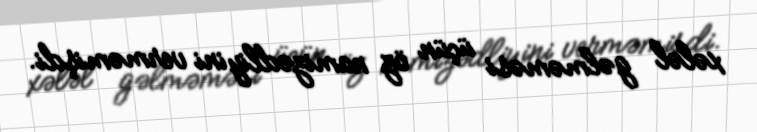
xələl gəlməməsi üçün öz namizədliyini verməmişdi.